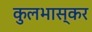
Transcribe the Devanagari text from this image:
कुलभास्कर